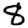
Digit: 8